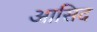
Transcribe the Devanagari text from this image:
आसिद